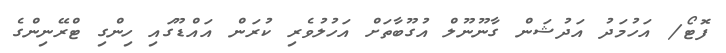
ފޮޓޯ/ އަހުމަދު އަދުޝަން ގާނޫނޫލް އުގޫބާތަށް އަހުލުވެރި ކުރަން އައްޑޫގައި ހިންގި ޓްރޭނިންގެ